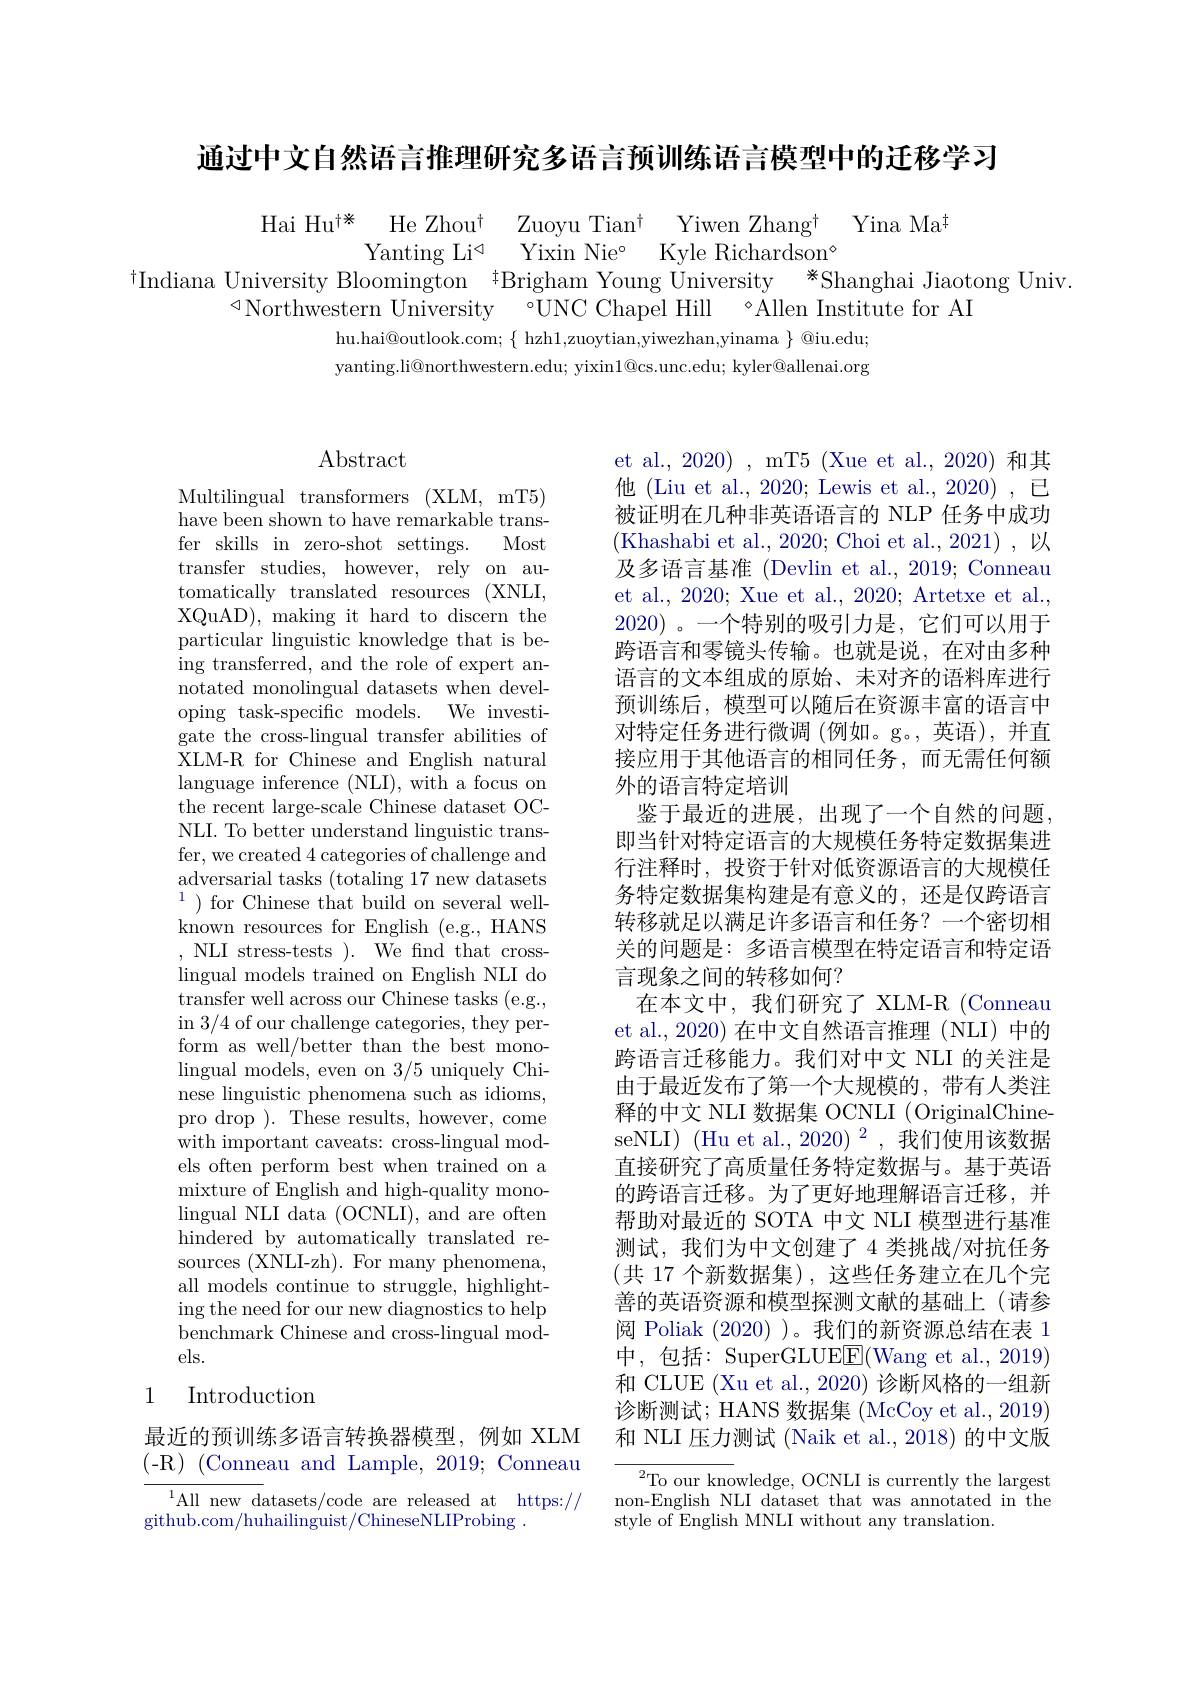
通过中文自然语言推理研究多语言预训练语言模型中的迁移学习

$\begin{array}{cc}{\mathrm{Hai~Hu^{\dagger*}}}&{\mathrm{He~Zhou^{\dagger}}}&{\mathrm{Zuoyu~Tian^{\dagger}}}&{\mathrm{Yiwen~Zhang^{\dagger}}}&{\mathrm{Yina~Ma^{\dagger}}}\\{\mathrm{Yanting~Li^{\triangleleft}}}&{\mathrm{Yixin~Nie^{\circ}}}&{\mathrm{Kyle~Richardson^{\circ}}}\\{\mathrm{vorcitv~Blomington~tPrichom~Voun~Trichardson^{\circ}}}\end{array}$
$^{\dagger}$Indiana University Bloomington $^{\dagger}$Brigham Young Üniversity$^{*}$Shanghai Jiaotong Univ.
$\triangleleft$Northwestern University °UNC Chapel Hill °Allen Institute for AI
hu.hai@outlook.com; $\{$ hzh1,zuoytian,yiwezhan,yinama $\}$ @iu.edu; yanting.li@northwestern.edu; yixin$1@$cs.unc.edu; kyler@allenai.org

# Abstract

Multilingual transformers (XLM, mT5) have been shown to have remarkable transfer skills in zero-shot settings. Most transfer studies, however, rely on automatically translated resources (XNLI, XQuAD), making it hard to discern the particular linguistic knowledge that is being transferred, and the role of expert annotated monolingual datasets when developing task-specific models. We investigate the cross-lingual transfer abilities of XLM-R for Chinese and English natural language inference (NLI), with a focus on the recent large-scale Chinese dataset OCNLI. To better understand linguistic transfer, we created 4 categories of challenge and adversarial tasks (totaling 17 new datasets $^{1}$)for Chinese that build on several wellknown resources for English (e.g., HANS ,NLI stress-tests).We fnd that crosslingual models trained on English NLI do transfer well across our Chinese tasks (e.g., in 3/4 of our challenge categories, they perform as well/better than the best monolingual models, even on 3/5 uniquely Chinese linguistic phenomena such as idioms, pro drop ). These results, however, come with important caveats: cross-lingual models often perform best when trained on a mixture of English and high-quality mono- $\operatorname*{lingual}$ NLI data (OCNLI), and are often hindered by automatically translated resources (XNLI-zh). For many phenomena, all models continue to struggle, highlighting the need for our new diagnostics to help benchmark Chinese and cross-lingual models.
Introduction

## 1

最近的预训练多语言转换器模型，例如 XLM $(-\mathbb{R})$ (Conneau and Lample, 2019; Conneau

$^{1}$All new datasets/code are released at https://
github. com/ huhailinguist/ ChineseNLIProbing .

et al., 2020) , mT5 (Xue et al., 2020) 和其他 (Liu et al., 2020; Lewis et al., 2020) , 已被证明在几种非英语语言的 NLP 任务中成功(Khashabi et al., 2020; Choi et al., 2021), 以及多语言基准 (Devlin et al., 2019; Conneau et al., 2020; Xue et al., 2020; Artetxe et al., 2020)。一个特别的吸引力是，它们可以用于跨语言和零镜头传输。也就是说，在对由多种语言的文本组成的原始、未对齐的语料库进行预训练后，模型可以随后在资源丰富的语言中对特定任务进行微调 (例如。g。,英语),并直接应用于其他语言的相同任务，而无需任何额外的语言特定培训
鉴于最近的进展，出现了一个自然的问题， 即当针对特定语言的大规模任务特定数据集进行注释时，投资于针对低资源语言的大规模任务特定数据集构建是有意义的，还是仅跨语言转移就足以满足许多语言和任务？一个密切相关的问题是：多语言模型在特定语言和特定语言现象之间的转移如何？
在本文中，我们研究了 XLM-R (Conneau et al.,2020) 在中文自然语言推理(NLI) 中的跨语言迁移能力。我们对中文 NLI 的关注是由于最近发布了第一个大规模的，带有人类注释的中文 NLI 数据集 OCNLI (OriginalChineseNLI) (Hu et al., 2020) $^2$,我们使用该数据直接研究了高质量任务特定数据与。基于英语的跨语言迁移。为了更好地理解语言迁移，并帮助对最近的 SOTA 中文 NLI 模型进行基准测试，我们为中文创建了 4 类挑战/对抗任务(共 17 个新数据集),这些任务建立在几个完善的英语资源和模型探测文献的基础上(请参阅 Poliak (2020) )。我们的新资源总结在表 1中，包括：SuperGLUEE(Wang et al.,2019) 和 CLUE (Xu et al., 2020) 诊断风格的一组新诊断测试；HANS 数据集 (McCoy et al., 2019) 和 NLI 压力测试 (Naik et al., 2018) 的中文版${\overline{{^2}\text{To our kno}}}$wledge, OCNLI is currently the largest non-English NLI dataset that was annotated in the

style of English MNLI without any translation.